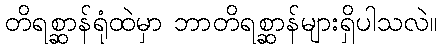
တိရစ္ဆာန်ရုံထဲမှာ ဘာတိရစ္ဆာန်များရှိပါသလဲ။